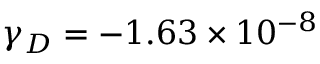
\ensuremath { \gamma } _ { D } = - 1 . 6 3 \times 1 0 ^ { - 8 }